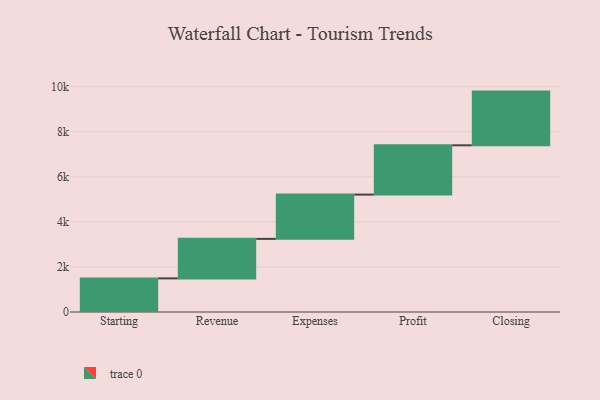
{"axis": {"x": "Step", "y": "Value"}, "legend": [""], "data": [{"x": "Starting", "y": 1492.0, "type": ""}, {"x": "Revenue", "y": 1753.0, "type": ""}, {"x": "Expenses", "y": 1964.0, "type": ""}, {"x": "Profit", "y": 2188.0, "type": ""}, {"x": "Closing", "y": 2383.0, "type": ""}]}